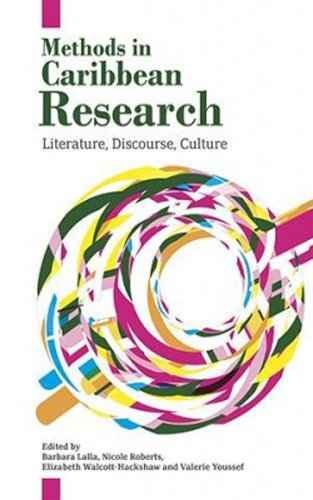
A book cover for Methods in Caribbean Research: Literature, Discourse, Culture; Literature & Fiction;